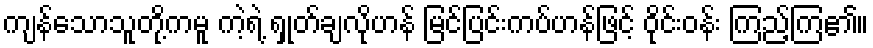
ကျန်သောသူတို့ကမူ ကဲ့ရဲ့ ရှုတ်ချလိုဟန် မြင်ပြင်းကပ်ဟန်ဖြင့် ဝိုင်းဝန်း ကြည့်ကြ၏။